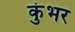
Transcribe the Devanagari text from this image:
कुंभर